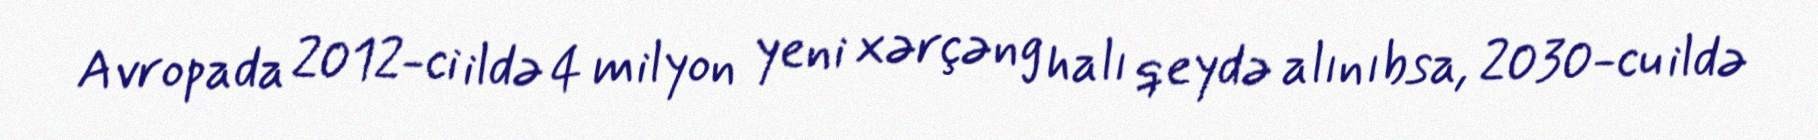
Avropada 2012-ci ildə 4 milyon yeni xərçəng halı qeydə alınıbsa, 2030-cu ildə